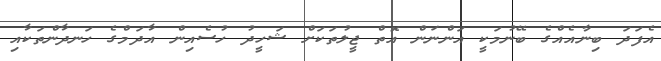
އެފަދަ ބިނާއެއްގެ ބޭނުމަކީ އަންނަން އޮތް ޖީލުތަކަށް ޝަހީދު ހުސެއިން އާދަމްގެ ހަނދާންތަކާއި